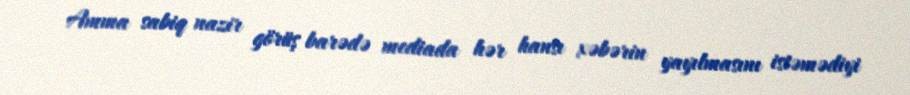
Amma sabiq nazir görüş barədə mediada hər hansı xəbərin yayılmasını istəmədiyi